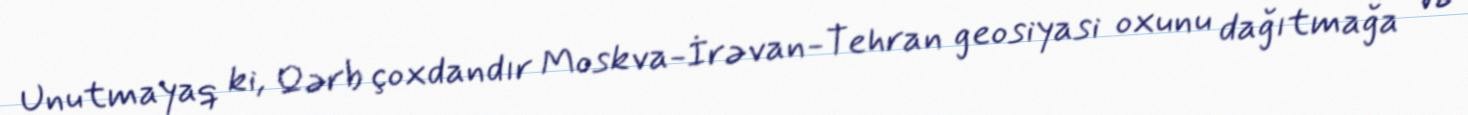
Unutmayaq ki, Qərb çoxdandır Moskva-İrəvan-Tehran geosiyasi oxunu dağıtmağa və